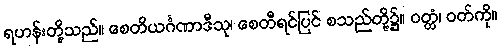
ရဟန်းတို့သည်။ စေတိယင်္ဂဏာဒီသု၊ စေတီရင်ပြင် စသည်တို့၌။ ဝတ္တံ၊ ဝတ်ကို။